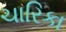
ચારિકા